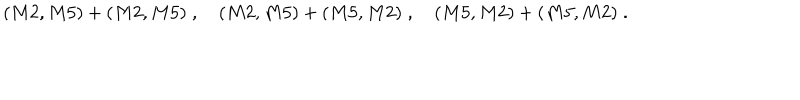
( M 2 , M 5 ) + ( M 2 , M 5 ) \; , \quad ( M 2 , M 5 ) + ( M 5 , M 2 ) \; , \quad ( M 5 , M 2 ) + ( M 5 , M 2 ) \; .